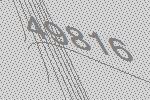
49816